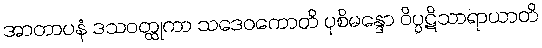
အာတာပနံ ဒသဝတ္ထုကာ သဒေဝကောတိ ပုစိမန္ဒော ဝိပ္ပဋိသာရာယာတိ